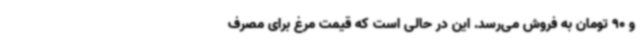
و 90 تومان به ‌فروش می‌رسد. این در حالی است که قیمت مرغ برای مصرف